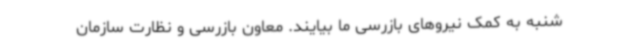
شنبه به کمک نیروهای بازرسی ما بیایند. معاون بازرسی و نظارت سازمان